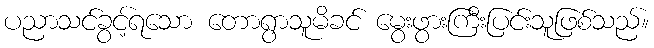
ပညာသင်ခွင့်ရသော တောရွာသူမိခင် မွေးဖွားကြီးပြင်းသူဖြစ်သည်။